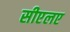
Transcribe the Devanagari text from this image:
सीएलए